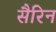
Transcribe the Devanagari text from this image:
सैरिन